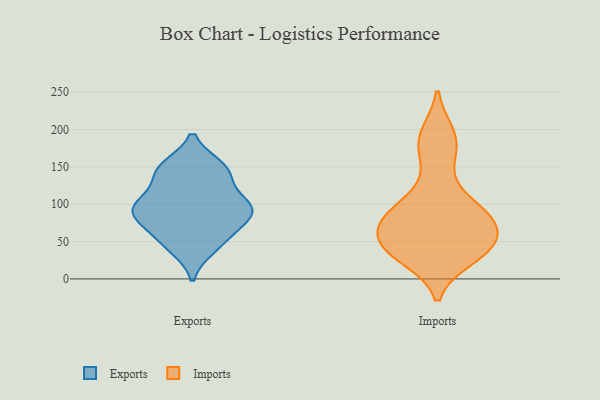
{"axis": {"x": "Temperature (°C)", "y": "Value"}, "legend": ["Exports", "Imports"], "data": [{"x": "", "y": 102, "type": "Exports"}, {"x": "", "y": 141, "type": "Exports"}, {"x": "", "y": 97, "type": "Exports"}, {"x": "", "y": 82, "type": "Exports"}, {"x": "", "y": 146, "type": "Exports"}, {"x": "", "y": 49, "type": "Exports"}, {"x": "", "y": 58, "type": "Exports"}, {"x": "", "y": 91, "type": "Exports"}, {"x": "", "y": 149, "type": "Exports"}, {"x": "", "y": 97, "type": "Exports"}, {"x": "", "y": 42, "type": "Exports"}, {"x": "", "y": 144, "type": "Exports"}, {"x": "", "y": 97, "type": "Exports"}, {"x": "", "y": 82, "type": "Exports"}, {"x": "", "y": 79, "type": "Imports"}, {"x": "", "y": 80, "type": "Imports"}, {"x": "", "y": 187, "type": "Imports"}, {"x": "", "y": 45, "type": "Imports"}, {"x": "", "y": 88, "type": "Imports"}, {"x": "", "y": 82, "type": "Imports"}, {"x": "", "y": 29, "type": "Imports"}, {"x": "", "y": 161, "type": "Imports"}, {"x": "", "y": 42, "type": "Imports"}, {"x": "", "y": 41, "type": "Imports"}, {"x": "", "y": 112, "type": "Imports"}, {"x": "", "y": 79, "type": "Imports"}, {"x": "", "y": 52, "type": "Imports"}, {"x": "", "y": 193, "type": "Imports"}, {"x": "", "y": 35, "type": "Imports"}]}